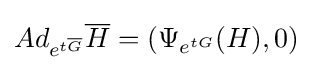
Ad_{e^{t{\overline {G}}}}{\overline {H}}=(\Psi _{e^{tG}}(H),0)